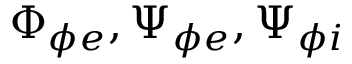
\Phi _ { \phi e } , \Psi _ { \phi e } , \Psi _ { \phi i }